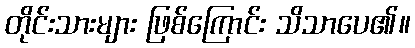
တိုင်းသားများ ဖြစ်ကြောင်း သိသာပေ၏။